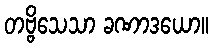
တဗ္ဗိသေသာ ခဏာဒယော။